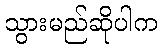
သွားမည်ဆိုပါက